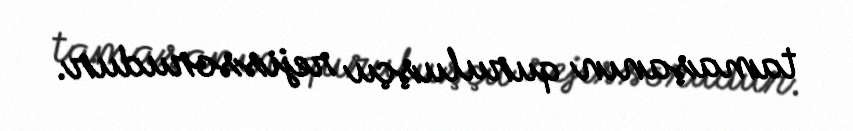
tamaşanın quruluşçu rejissorudur.